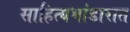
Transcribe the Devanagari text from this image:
साहित्यभांडारात